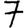
Digit: 7